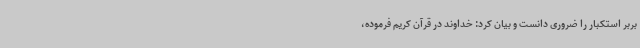
بربر استکبار را ضروری دانست و بیان کرد: خداوند در قرآن کریم فرموده،